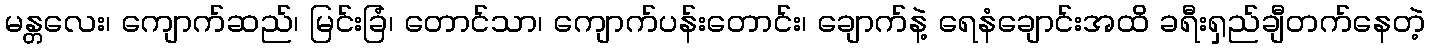
မန္တလေး၊ ကျောက်ဆည်၊ မြင်းခြံ၊ တောင်သာ၊ ကျောက်ပန်းတောင်း၊ ချောက်နဲ့ ရေနံချောင်းအထိ ခရီးရှည်ချီတက်နေတဲ့